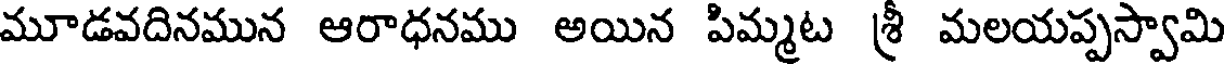
మూడవదినమున ఆరాధనము అయిన పిమ్మట శ్రీ మలయప్పస్వామి